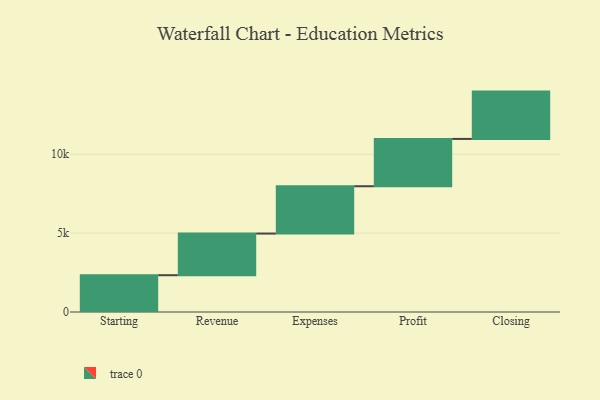
{"axis": {"x": "Step", "y": "Value"}, "legend": [""], "data": [{"x": "Starting", "y": 2333.0, "type": ""}, {"x": "Revenue", "y": 2640.0, "type": ""}, {"x": "Expenses", "y": 3000, "type": ""}, {"x": "Profit", "y": 3000, "type": ""}, {"x": "Closing", "y": 3000, "type": ""}]}